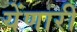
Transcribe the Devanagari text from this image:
येंणारी